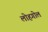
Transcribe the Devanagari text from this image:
लोहगोल